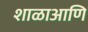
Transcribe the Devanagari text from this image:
शाळाआणि